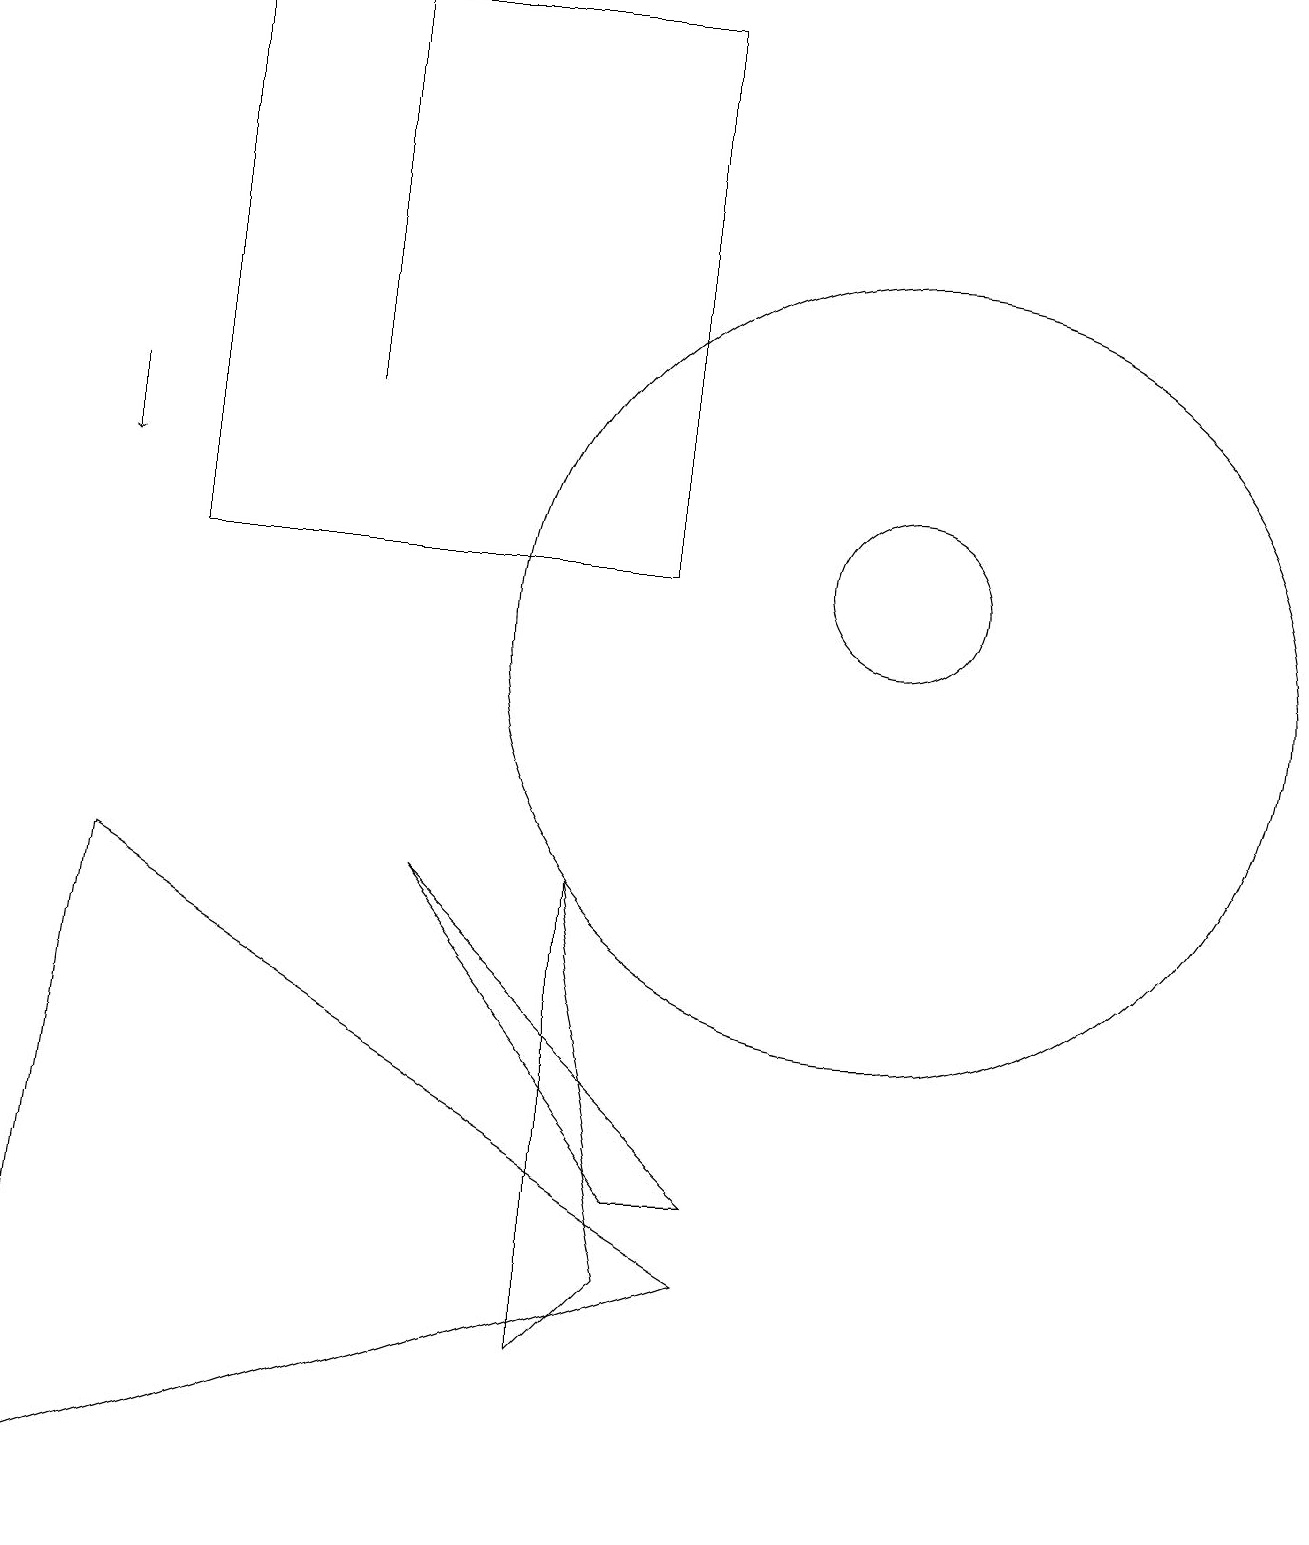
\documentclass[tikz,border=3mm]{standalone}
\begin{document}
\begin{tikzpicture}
\draw (11,11) circle (5);
\draw (4,19) rectangle (4,14);
\draw (0,0) -- (1,8) -- (9,3) -- cycle;
\draw (2,19) rectangle (8,12);
\draw (9,4) -- (8,4) -- (5,8) -- cycle;
\draw (7,2) -- (8,3) -- (7,8) -- cycle;
\draw[->] (1,14) -- (1,13);
\draw (11,12) circle (1);
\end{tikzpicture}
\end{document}